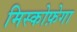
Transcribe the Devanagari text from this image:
मिस्कोफ़ेगा